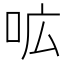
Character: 𭇗